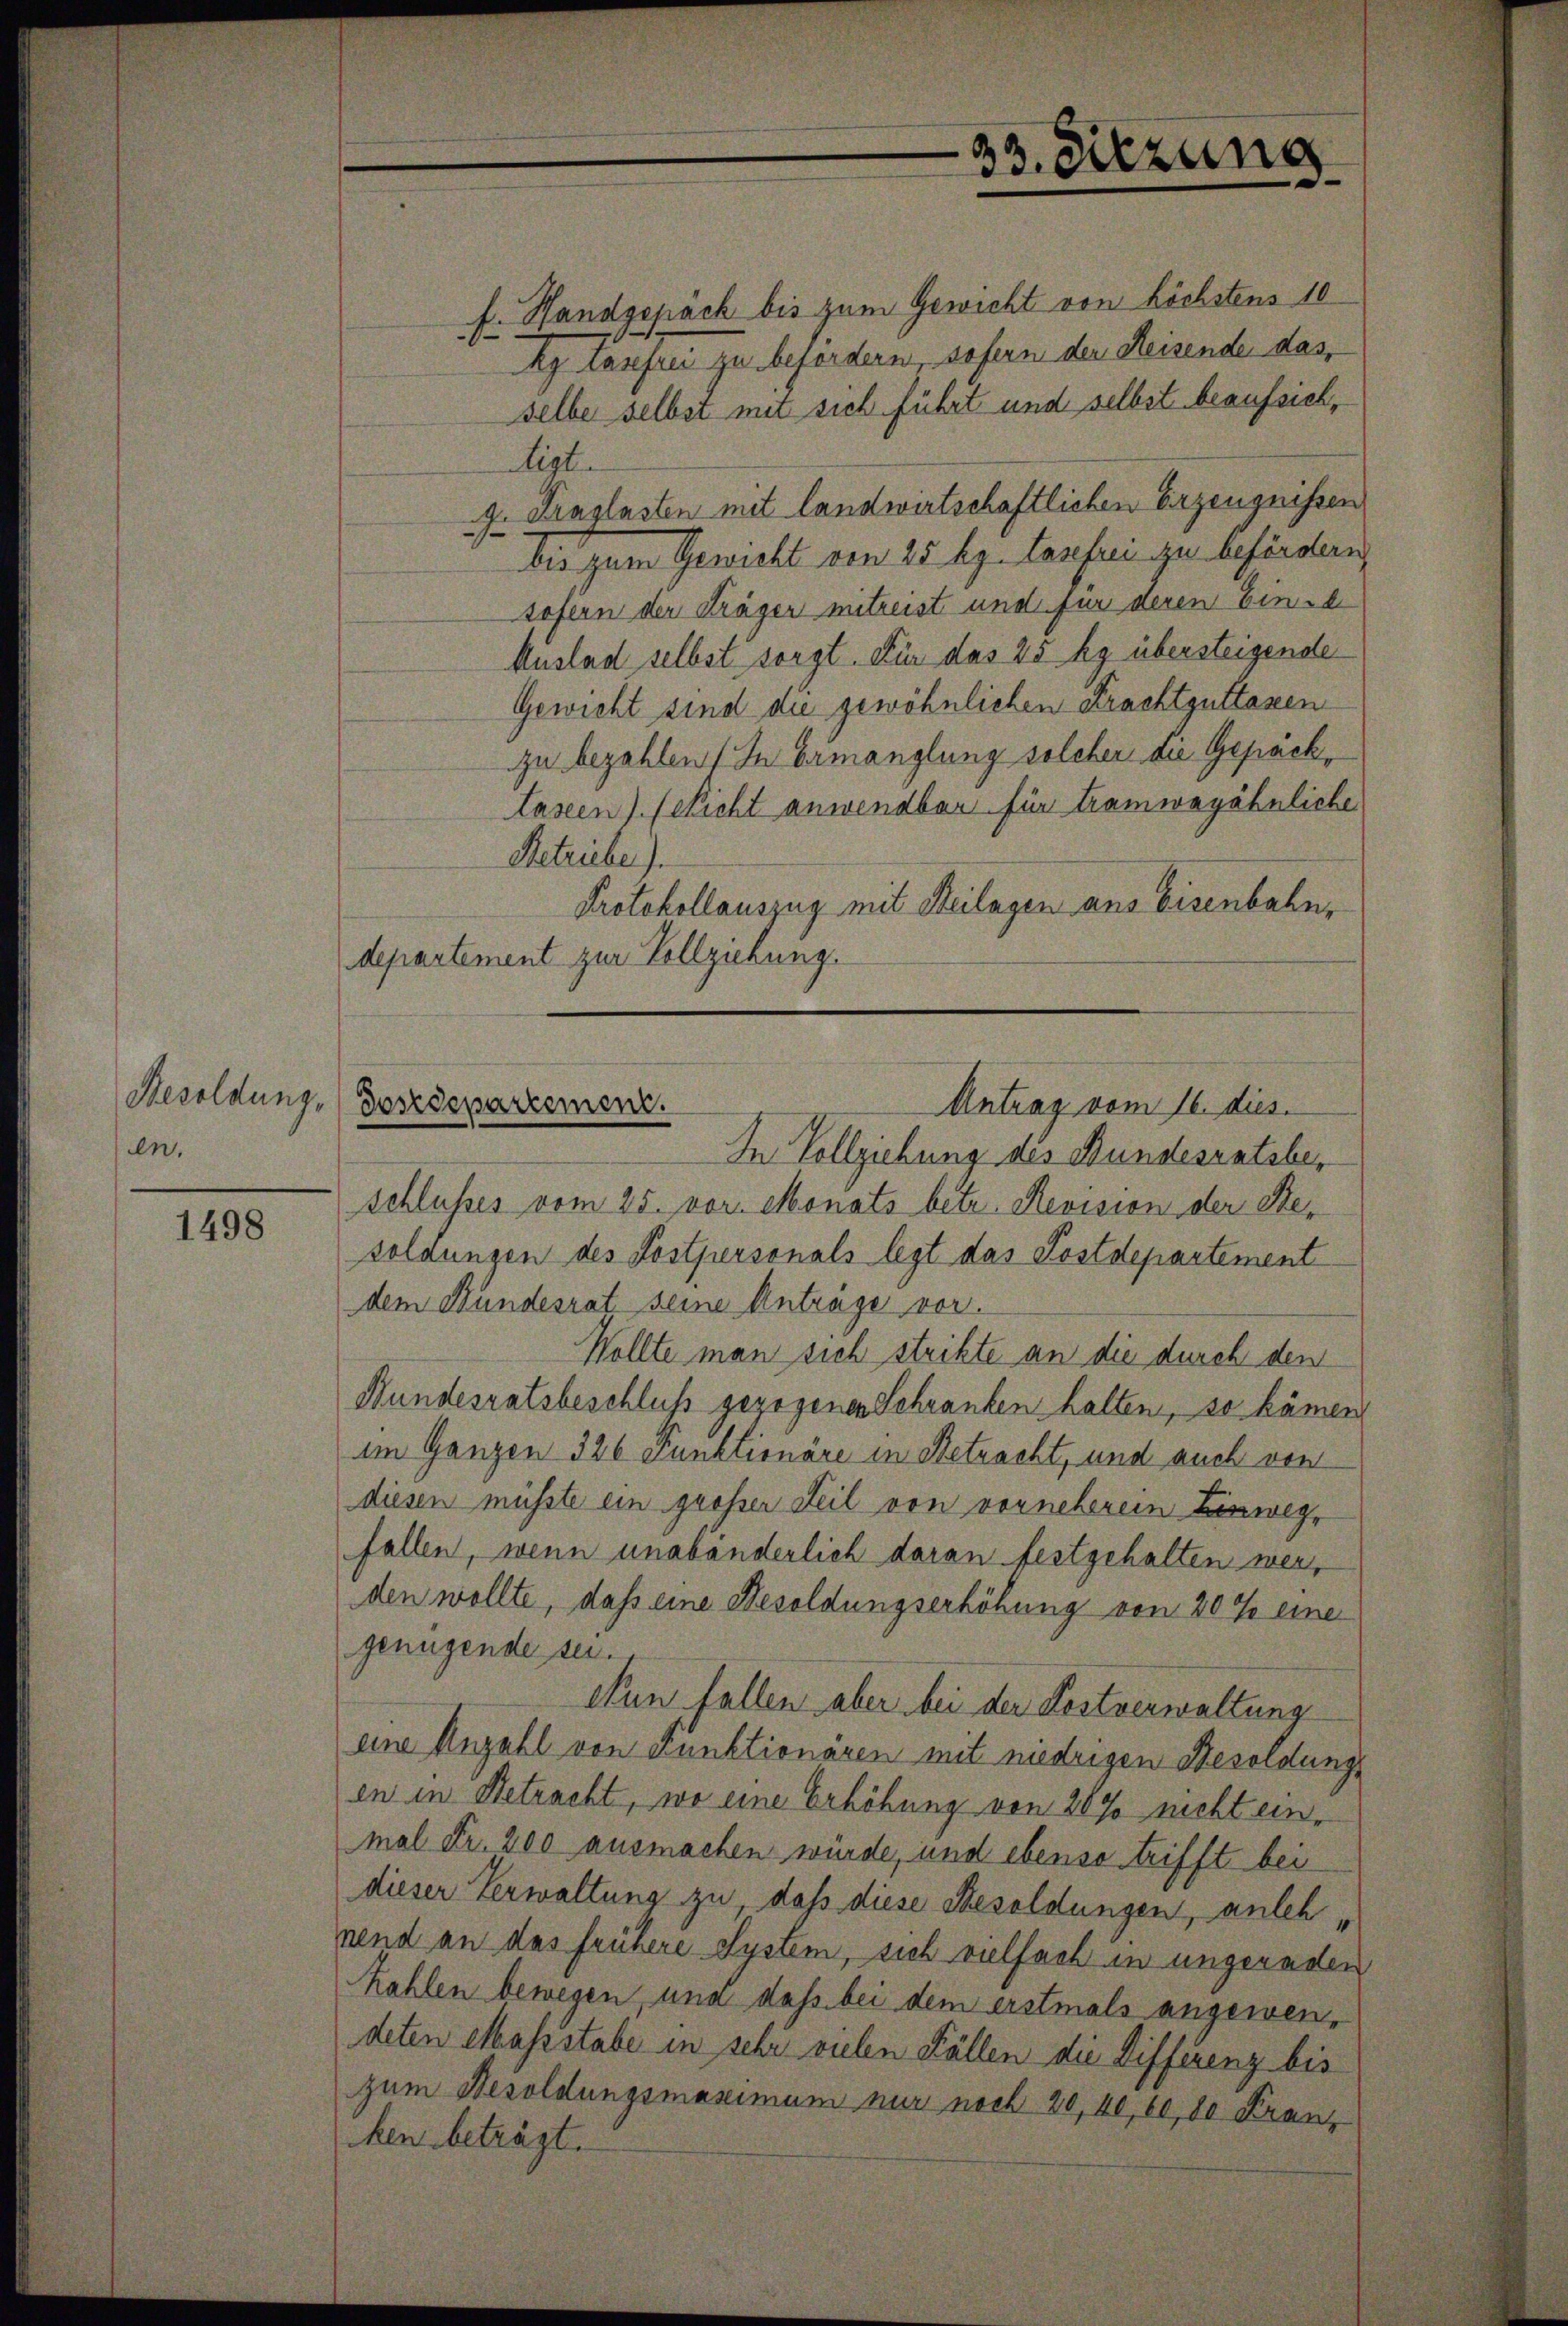
Besoldung.
en.

1498

f. Handgepack bis zum Gewicht von höchstens 10
Rg Casefrei zu befördern, sofern der Reisende das,
selbe selbst mit sich führt und selbst beaufsichligt.
g. Fraglasten mit landwirtschaftlichen Erzeugnissen
bis zum Gewicht von 25 kg. Taufrei zu befördern,
sofern der Sträger mitreist und für deren Eine
Auslad selbst sorgt. Für das 25 kg übersteigende
Gewicht sind die gewöhnlichen Krachtguttassen
zu bezahlen. In Ermanglung solcher die Gepäck¬
Laseen). (Richt anwendbar für Tramwayähnliche
Betrieber).
Protokollauszug mit Heilagen aus Eisenbahn,
departement zur Vollziehung.

Desedepartement.
Antrag vom 16. dies

In Vollziehung des Bundesratsbeschlusses vom 25. vor. Monats betr. Revision der Besoldungen des Postpersonals legt das Postdepartement
dem Bundesrat seine Antrage vor.
Wollte man sich strikte an die durch den
Bundesratsbeschluß gezogenen Schranken halten, so kämen
im Ganzen 326 Funktionäre in Betracht, und auch von
diesen müsste ein grosser Teil von vorneherein Einweg-
fallen, wenn unabänderlich daran festgehalten werden wollte, daß eine Besoldungserhöhung von 20 % eine
genügende sei.
Nun fallen aber bei der Kostverwaltung
eine Anzahl von Funktionaren mit niedrigen Besoldungs
en in Betracht, wo eine Erhöhung von 20% nicht einmal Fr. 200 ausmachen würde, und ebenso trifft bei
dieser Verwaltung zu, daß diese Besoldungen, anleh
nend an das frühere System, sich vielfach in ungeraden
kahlen bewegen, und dass bei dem erstmals angewendeten Massstabe in sehr vielen Fällen die Differenz bis
zum Besoldungsmassimum nur noch 20, 40, 60, 80 Franz
ken beträgt.

33. Sitzung
d